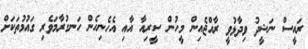
ރައީސް ނަޝީދު ވިދާޅުވީ ރާއްޖެއިން މީހުން ސީރިއާ އާއި އެހެނިހެން ހަނގުރާމަވެރި ގައުމުތަކަށް